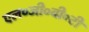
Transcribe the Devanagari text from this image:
एल०जी०बी०टी